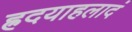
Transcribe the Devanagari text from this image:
ह्रदयाहलादं